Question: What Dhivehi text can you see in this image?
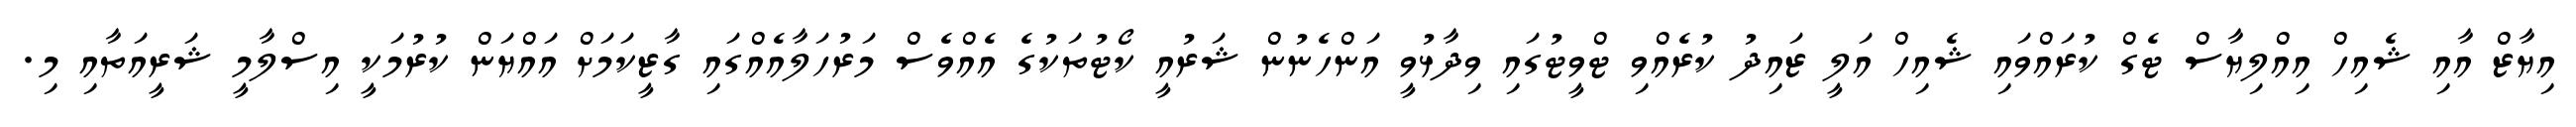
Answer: އިޔާޒް އާއި ޝެއިހް އިއްލިޔާސް ޓެގް ކުރައްވައި ޝެއިހް އަލީ ޒައިދު ކުރެއްވި ޓްވީޓުގައި ވިދާޅުވީ އަންހެނުން ޝަރުއީ ކޯޓުތަކުގެ އެއްވެސް މަރުހަލާއެއްގައި ގާޒީކަމަށް އައްޔަން ކުރުމަކީ އިސްލާމީ ޝަރީއަތާއި މި.